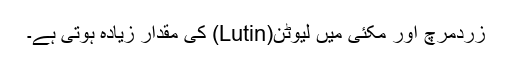
زردمرچ اور مکئی میں لیوٹن(Lutin) کی مقدار زیادہ ہوتی ہے۔